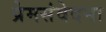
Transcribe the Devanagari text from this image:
प्रेमसंवेदना